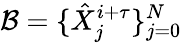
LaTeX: \mathcal{B}=\{ \hat{X}_{j}^{i+\tau}\} _{j=0}^{N}